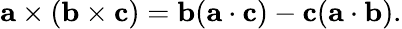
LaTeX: \mathbf{a}\times(\mathbf{b}\times\mathbf{c})=\mathbf{b}(\mathbf{a}\cdot\mathbf{c})-\mathbf{c}(\mathbf{a}\cdot\mathbf{b}).